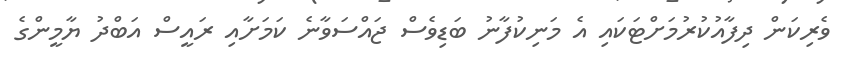
ވެރިކަން ދިފާއުކުރުމަށްޓަކައި އެ މަނިކުފާނު ބަޑިވެސް ޖައްސަވާނެ ކަމަށާއި ރައީސް އަބްދު ޔާމީންގެ